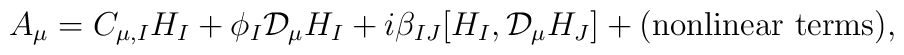
A_\mu=C_{\mu,I} H_I+\phi_I{\mathcal D}_\mu H_I+i\beta_{IJ}[H_I,{\mathcal D}_\mu H_J]+\mbox{(nonlinear terms)},